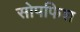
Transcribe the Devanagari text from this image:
सोपफिश